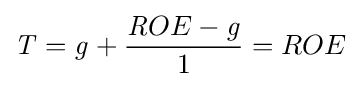
{\mathit {T}}={\mathit {g}}+{\frac {{\mathit {R}}OE-{\mathit {g}}}{1}}=ROE